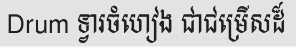
Drum ទ្វារចំហៀង ជាជម្រើសដ៏